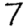
Digit: 7